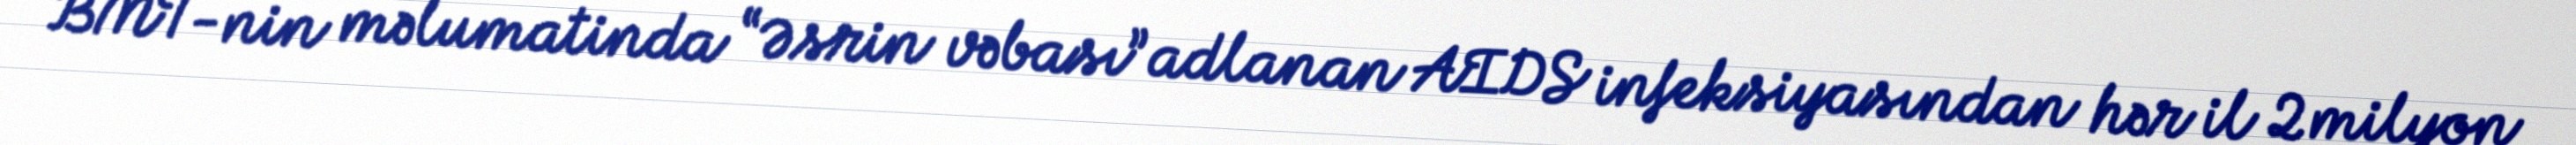
BMT-nin məlumatinda “Əsrin vəbası” adlanan AIDS infeksiyasından hər il 2 milyon